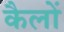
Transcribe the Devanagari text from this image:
कैलों